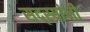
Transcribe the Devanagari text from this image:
सद्स्यांनी